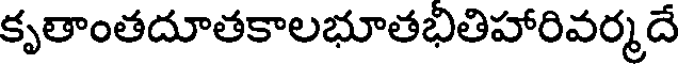
కృతాంతదూతకాలభూతభితిహారివర్మదే